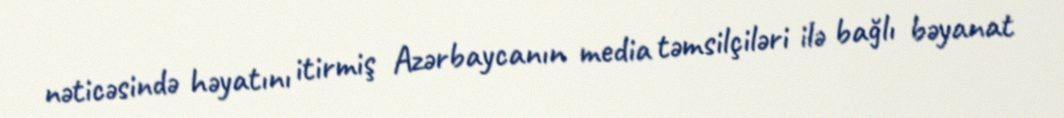
nəticəsində həyatını itirmiş Azərbaycanın media təmsilçiləri ilə bağlı bəyanat